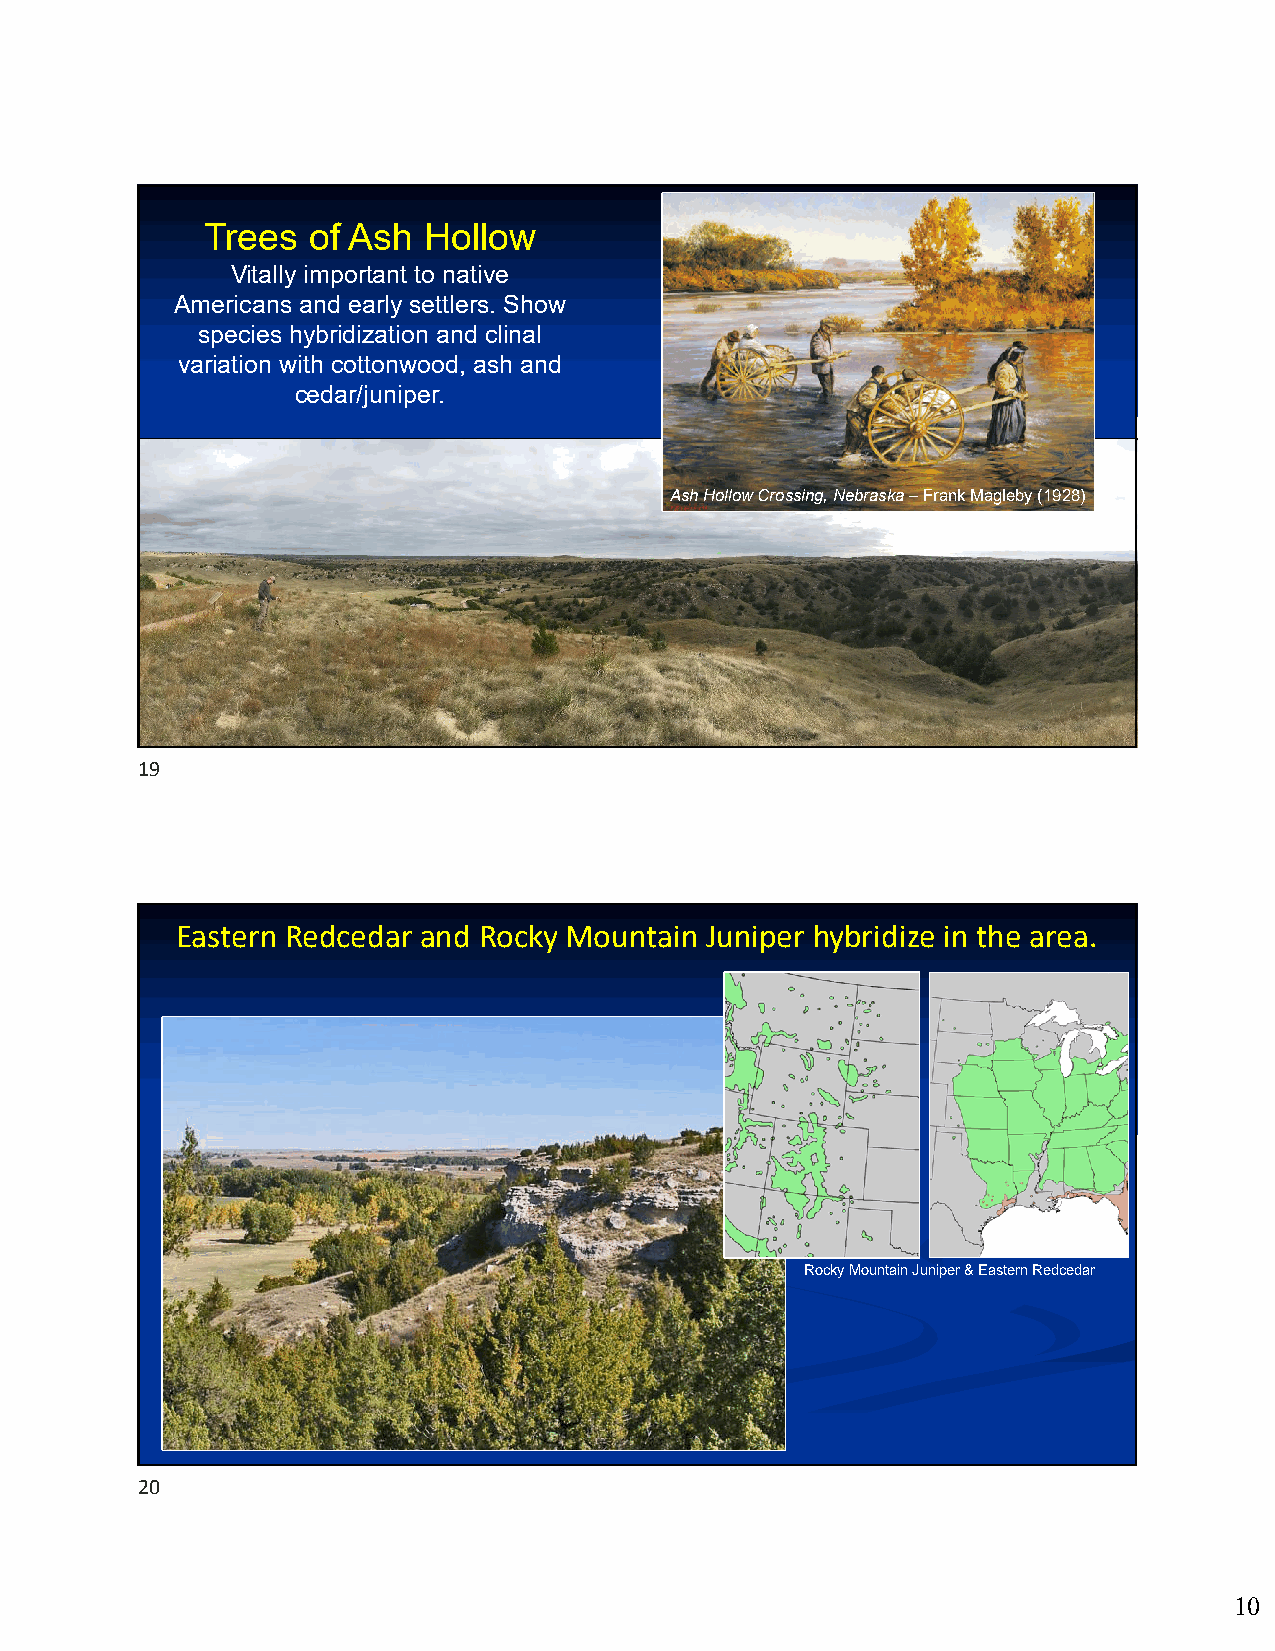
Trees of Ash  Hollow
 Vitally important to native
 Americans and early settlers. Show
 species hybridization and clinal
 variation with cottonwood, ash and
 cedar/juniper.
 Ash Hollow Crossing, Nebraska –Frank Magleby(1928)
 19
 Eastern Redcedar and Rocky Mountain Juniper hybridize in the area.
 Rocky Mountain Juniper & Eastern Redcedar
 20
 10